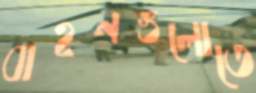
বাহনগুলোতে